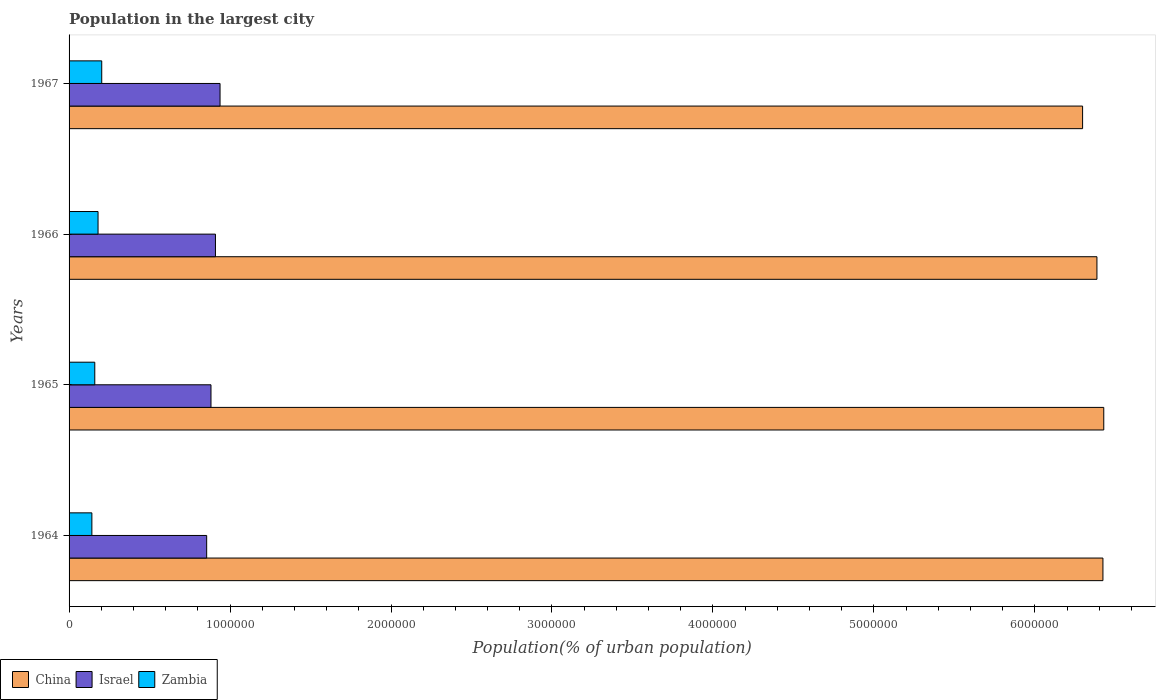
| Years | China | Israel | Zambia |
 | --- | --- | --- | --- |
 | 1964 | 6.42e+06 | 8.55e+05 | 1.42e+05 |
 | 1965 | 6.43e+06 | 8.82e+05 | 1.6e+05 |
 | 1966 | 6.39e+06 | 9.09e+05 | 1.8e+05 |
 | 1967 | 6.3e+06 | 9.38e+05 | 2.03e+05 |